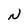
Character: N